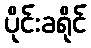
ပိုင်းခရိုင်